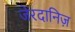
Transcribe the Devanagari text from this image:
जेरदानिज़